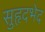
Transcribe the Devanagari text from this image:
सुहृदभेद